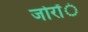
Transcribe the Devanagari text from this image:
जोरोंंं